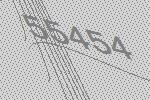
55454